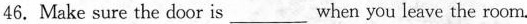
46.Make sure the door is___when you leave the room.